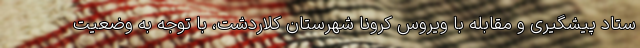
ستاد پیشگیری و مقابله با ویروس کرونا شهرستان کلاردشت، با توجه به وضعیت